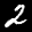
Label: 2